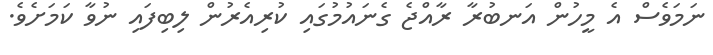
ނަމަވެސް އެ މީހުން އަނބުރާ ރާއްޖެ ގެނައުމުގައި ކުރިއެރުން ލިބިފައި ނުވާ ކަމަށެވެ.